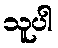
သူပါ